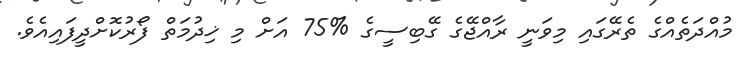
މުއްދަތެއްގެ ތެރޭގައި މިވަނީ ރާއްޖޭގެ ގޭބިސީގެ %75 އަށް މި ޚިދުމަތް ފޯރުކޮށްދީފައިއެވެ.